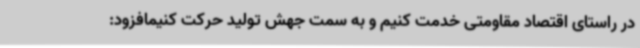
در راستای اقتصاد مقاومتی خدمت کنیم و به سمت جهش تولید حرکت کنیمافزود: